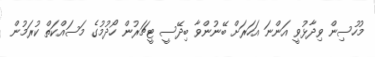
މުހުސިން ވިދާޅުވީ އަންނަ އަހަރަށް ބޭނުންވާ ބިދޭސީ ޓީޗަރުން ހޯދުމުގެ މަސައްކަތް ކުރަމުން